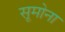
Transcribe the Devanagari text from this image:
सूमोना